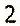
2